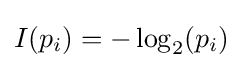
I(p_{i})=-\log _{2}(p_{i})